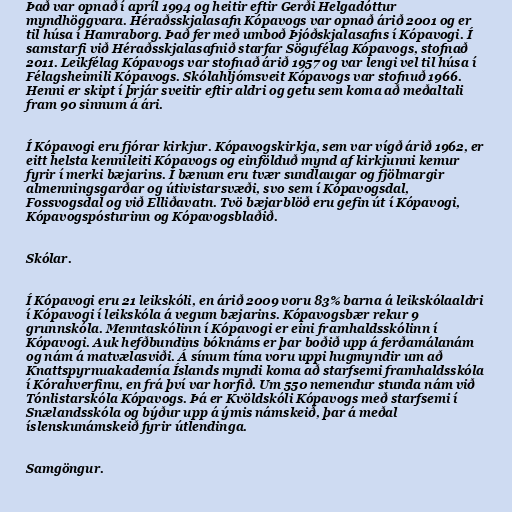
Það var opnað í apríl 1994 og heitir eftir Gerði Helgadóttur
myndhöggvara. Héraðsskjalasafn Kópavogs var opnað árið 2001 og er
til húsa í Hamraborg. Það fer með umboð Þjóðskjalasafns í Kópavogi. Í
samstarfi við Héraðsskjalasafnið starfar Sögufélag Kópavogs, stofnað
2011. Leikfélag Kópavogs var stofnað árið 1957 og var lengi vel til húsa í
Félagsheimili Kópavogs. Skólahljómsveit Kópavogs var stofnuð 1966.
Henni er skipt í þrjár sveitir eftir aldri og getu sem koma að meðaltali
fram 90 sinnum á ári.

Í Kópavogi eru fjórar kirkjur. Kópavogskirkja, sem var vígð árið 1962, er
eitt helsta kennileiti Kópavogs og einfölduð mynd af kirkjunni kemur
fyrir í merki bæjarins. Í bænum eru tvær sundlaugar og fjölmargir
almenningsgarðar og útivistarsvæði, svo sem í Kópavogsdal,
Fossvogsdal og við Elliðavatn. Tvö bæjarblöð eru gefin út í Kópavogi,
Kópavogspósturinn og Kópavogsblaðið.

Skólar.

Í Kópavogi eru 21 leikskóli, en árið 2009 voru 83% barna á leikskólaaldri
í Kópavogi í leikskóla á vegum bæjarins. Kópavogsbær rekur 9
grunnskóla. Menntaskólinn í Kópavogi er eini framhaldsskólinn í
Kópavogi. Auk hefðbundins bóknáms er þar boðið upp á ferðamálanám
og nám á matvælasviði. Á sínum tíma voru uppi hugmyndir um að
Knattspyrnuakademía Íslands myndi koma að starfsemi framhaldsskóla
í Kórahverfinu, en frá því var horfið. Um 550 nemendur stunda nám við
Tónlistarskóla Kópavogs. Þá er Kvöldskóli Kópavogs með starfsemi í
Snælandsskóla og býður upp á ýmis námskeið, þar á meðal
íslenskunámskeið fyrir útlendinga.

Samgöngur.